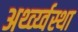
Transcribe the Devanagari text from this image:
अर्थ्व्य्वस्था